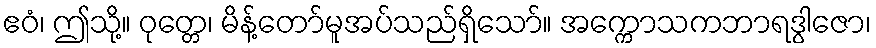
ဧဝံ၊ ဤသို့။ ဝုတ္တေ၊ မိန့်တော်မူအပ်သည်ရှိသော်။ အက္ကောသကဘာရဒွါဇော၊